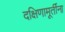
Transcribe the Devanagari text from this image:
दक्षिणामूर्तींना